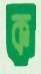
ক